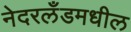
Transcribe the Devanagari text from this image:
नेदरलँडमधील